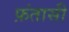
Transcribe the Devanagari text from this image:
फ़ंतासी